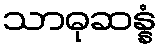
သာဓုဆန္နံ